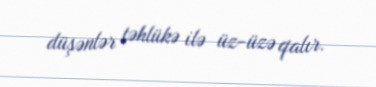
düşənlər təhlükə ilə üz-üzə qalır.